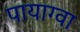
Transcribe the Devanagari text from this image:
पायाग्वा